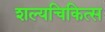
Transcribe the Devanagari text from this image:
शल्यचिकित्स